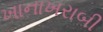
ખાનાખરાબી